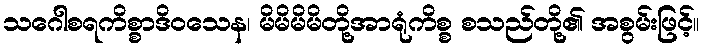
သဂေါစရကိစ္စာဒိဝသေန၊ မိမိမိမိတို့အာရုံကိစ္စ စသည်တို့၏ အစွမ်းဖြင့်။